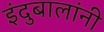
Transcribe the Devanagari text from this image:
इंदुबालांनी